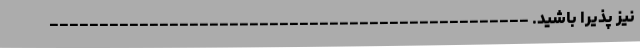
نیز پذیرا باشید. ------------------------------------------------